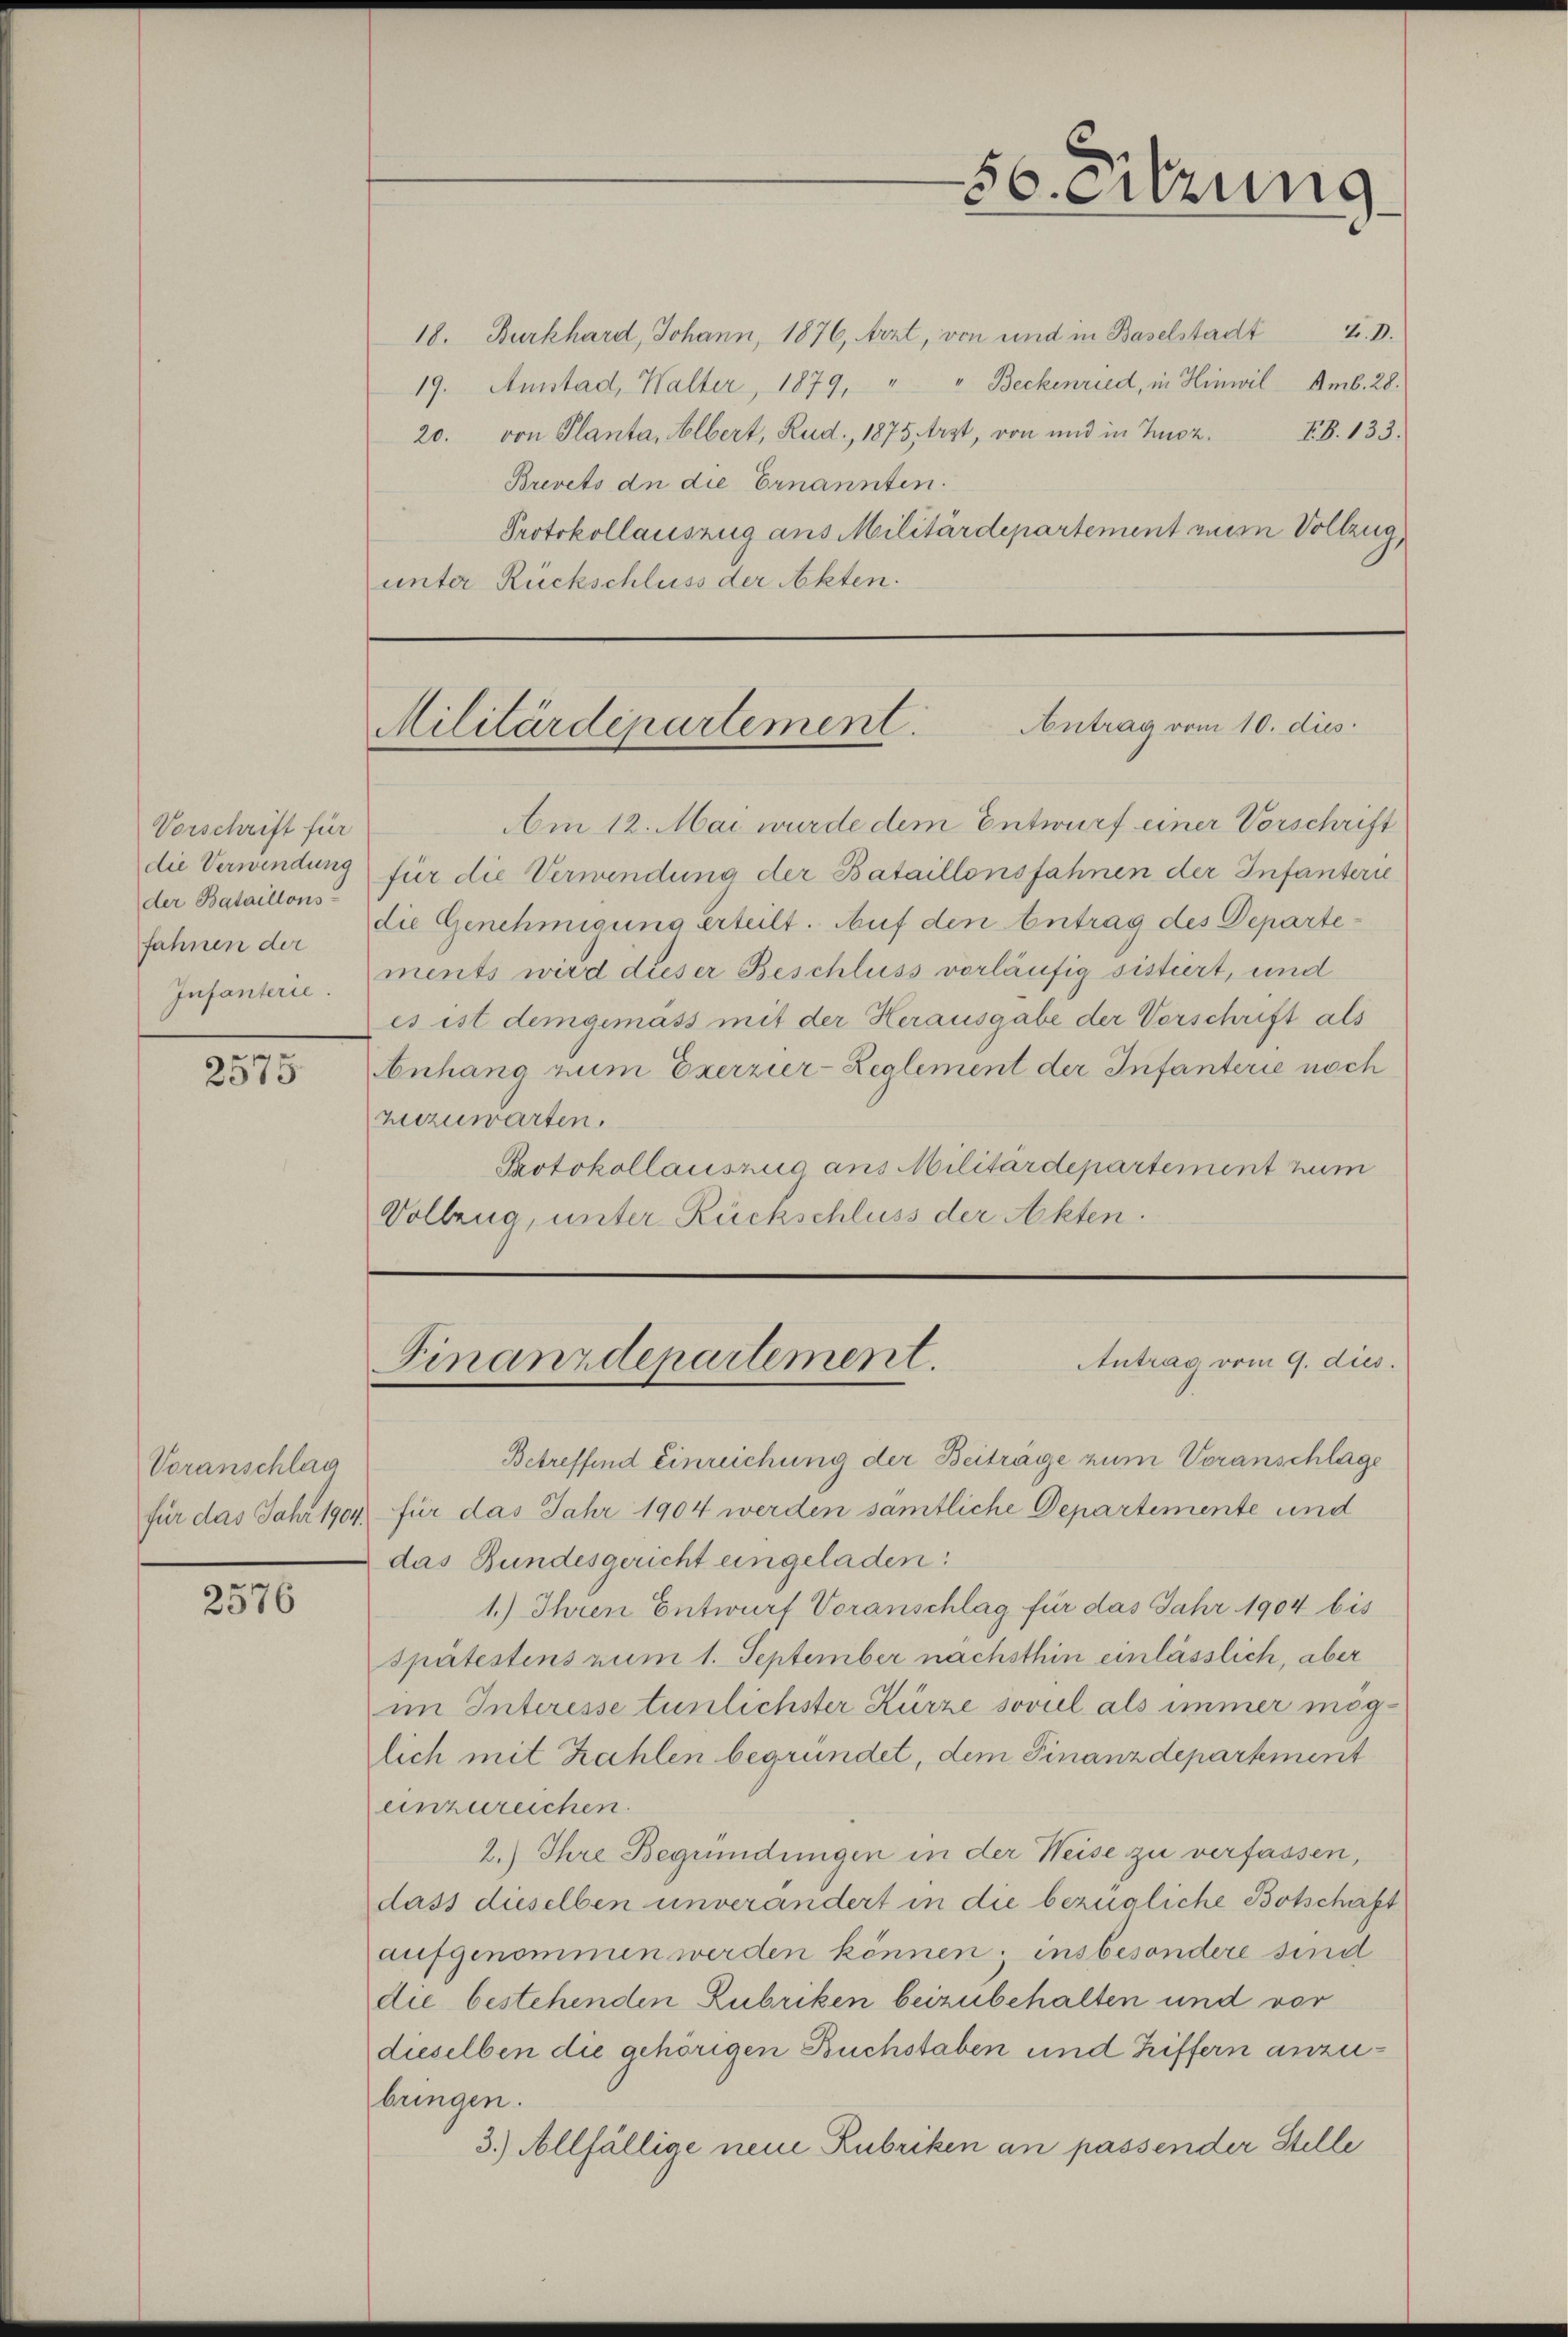
Vorschrift für
die Verwendung
der Bataillons
fahnen der
Infanterie.

2575

Voranschlag

2576

56. Sitzung

18. Burkhard, Johann, 1876, Arzt, von und in Baselstadt Z. D.
19. Ausstad, Walter, 1879, " " Beckenried, in Hinwil Amb. 28.
EZ. 133.
20. von Planta, Albert, Rud., 1875 Arzt, von und in Zuoz.
Brevets de die Ernannten.
Protokollauszug aus Militärdepartement ein Vollzug,
unter Rückschluss der Akten.

Antrag vom 10. dies
Militärdepartement.

Am 12. Mai wurde dem Entwurf einer Vorschrift
für die Verwendung der Bataillonsfahnen der Infanterie
die Genehmigung erteilt. Auf den Eintrag/Antrag des Departements wird dieser Beschluss vorläufig sistiert, und
es ist demgemäss mit der Herausgabe der Vorschrift als
Anhang zum Exerzier-Reglement der Infanterie noch
zuezuwarten.
Protokollauszug aus Militärdepartement zum
Vollzug, unter Rückschluss der Akten.

Antrag vom 9. dies.
Finanzdepartement.

Betreffend einreichung der Beiträge zum Voranschlage
für das Jahr 1904, für das Jahr 1904 werden sämtliche Departemente und
das Bundesgericht eingeladen:
1.) Ihren Entwurf Voranschlag für das Jahr 1904 bis
spätestens zum 1. September nachsthin einlässlich, aber
im Interesse tunlichster Kürze soviel als immer möglich mit Zahlen begründet, dem Finanzdepartement
einzureichen.
2.) Ihre Begründungen in der Weise zu verfassen,
dass dieselben unverändert in die bezügliche Botschaft
aufgenommen werden können; insbesondere sind
die bestehenden Rubriken beizubehalten und vor
dieselben die gehörigen Buchstaben und Triffern anzubringen.
3.) Allfällige neue Rubriken an passender Stelle